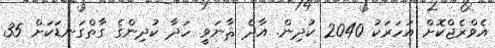
އެވްރެޖްކޮށް އަހަރަކު 2040 ކުދިން. އާދެ ޘާނަވީ ހަދާ ކުދިންގެ ގާތްގަނޑަކަށް 35